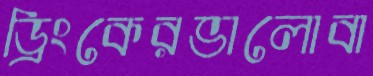
ড্রিংকেরভালোবা